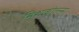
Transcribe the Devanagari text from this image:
मिशकोल्त्स